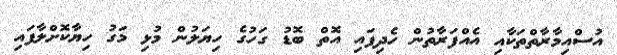
އުސްއިމާރާތްތަކާއި އެއްފަރާތުން ހެދިފައި އޮތް ބޮޑު ގަހުގެ ހިޔަލުން މުޅި މަގު ހިޔާކޮށްލާފައި